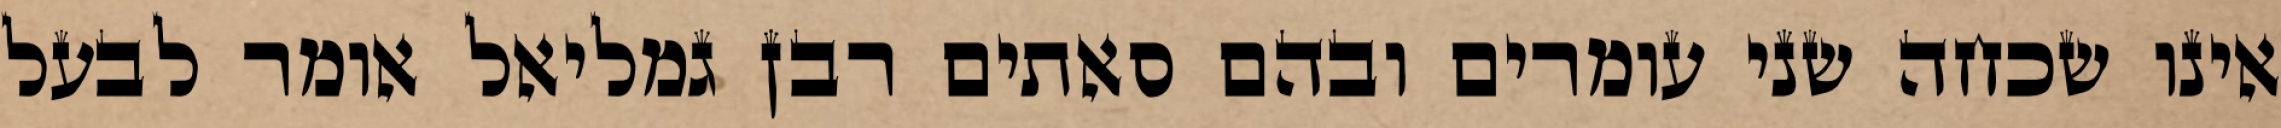
אינו שכחה שני עומרים ובהם סאתים רבן גמליאל אומר לבעל